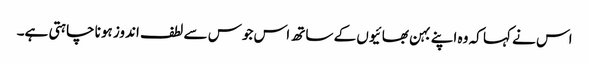
اس نے کہا کہ وہ اپنے بہن بھائیوں کے ساتھ اس جوس سے لطف اندوز ہونا چاہتی ہے۔